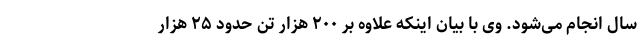
سال انجام می‌شود. وی با بیان اینکه علاوه بر ۲۰۰ هزار تن حدود ۲۵ هزار